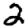
Digit: 2